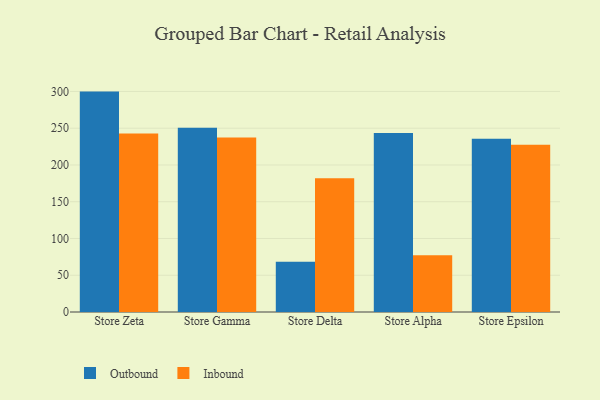
{"axis": {"x": "Store", "y": "Production Output"}, "legend": ["Inbound", "Outbound"], "data": [{"x": "Store Zeta", "y": 299.8, "type": "Outbound"}, {"x": "Store Zeta", "y": 242.7, "type": "Inbound"}, {"x": "Store Gamma", "y": 250.7, "type": "Outbound"}, {"x": "Store Gamma", "y": 237.2, "type": "Inbound"}, {"x": "Store Delta", "y": 68.4, "type": "Outbound"}, {"x": "Store Delta", "y": 181.9, "type": "Inbound"}, {"x": "Store Alpha", "y": 243.5, "type": "Outbound"}, {"x": "Store Alpha", "y": 77.3, "type": "Inbound"}, {"x": "Store Epsilon", "y": 235.6, "type": "Outbound"}, {"x": "Store Epsilon", "y": 227.4, "type": "Inbound"}]}